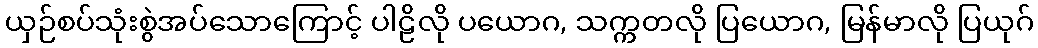
ယှဉ်စပ်သုံးစွဲအပ်သောကြောင့် ပါဠိလို ပယောဂ, သက္ကတလို ပြယောဂ, မြန်မာလို ပြယုဂ်